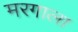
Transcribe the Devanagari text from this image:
मरगाला